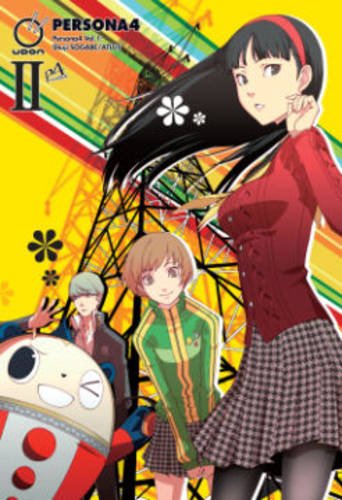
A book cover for Persona 4 Volume 2 (Persona 4 Gn); Atlus; Comics & Graphic Novels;